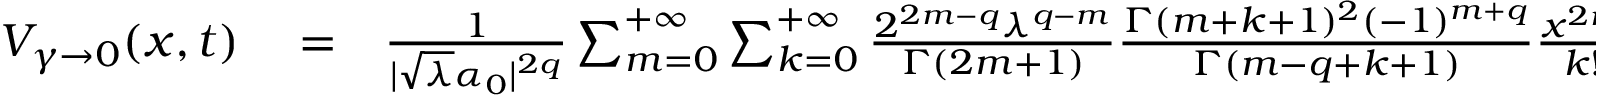
\begin{array} { r l r } { V _ { \gamma \rightarrow 0 } ( x , t ) } & { { } = } & { \frac { 1 } { | \sqrt { \lambda } \alpha _ { 0 } | ^ { 2 q } } \sum _ { m = 0 } ^ { + \infty } \sum _ { k = 0 } ^ { + \infty } \frac { 2 ^ { 2 m - q } \lambda ^ { q - m } } { \Gamma ( 2 m + 1 ) } \frac { \Gamma ( m + k + 1 ) ^ { 2 } ( - 1 ) ^ { m + q } } { \Gamma ( m - q + k + 1 ) } \frac { x ^ { 2 m } } { k ! } \big ( \frac { 1 } { 2 \sigma _ { \gamma } ^ { 2 } } \big ) ^ { k + m - q } } \end{array}